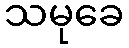
သမုခေ